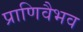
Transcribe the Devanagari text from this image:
प्राणिवैभव